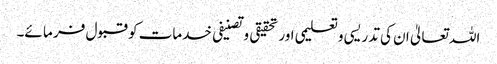
اللہ تعالیٰ ان کی تدریسی وتعلیمی اور تحقیقی وتصنیفی خدمات کو قبول فر ما ئے۔